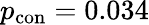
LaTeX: p_{\mathrm{con}}=0.034